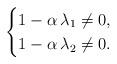
LaTeX: \begin{align*}\begin{cases}1-\alpha\,\lambda_1\neq 0,\\1-\alpha\,\lambda_2\neq 0.\end{cases}\end{align*}